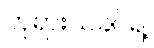
ဘုရားသခင်ရဲ့